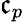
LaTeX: \mathfrak{c}_{p}